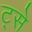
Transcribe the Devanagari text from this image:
ट्से